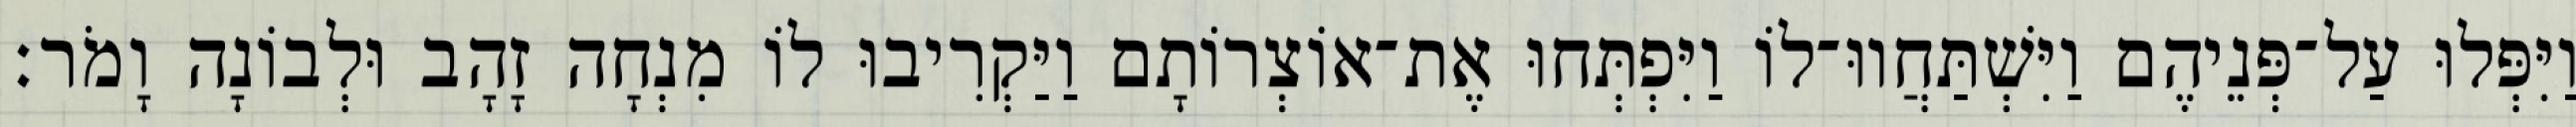
וַיִּפְּלוּ עַל־פְּנֵיהֶם וַיִּשְׁתַּחֲווּ־לוֹ וַיִּפְתְּחוּ אֶת־אוֹצְרוֹתָם וַיַּקְרִיבוּ לוֹ מִנְחָה זָהָב וּלְבוֹנָה וָמֹר׃